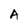
Character: A